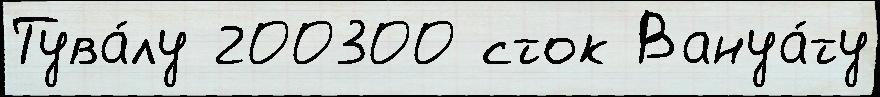
Тува́лу 200300 сток Вануа́ту